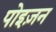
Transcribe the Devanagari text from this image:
पोइज़न